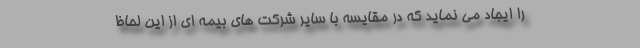
را ایجاد می نماید که در مقایسه با سایر شرکت های بیمه ای از این لحاظ